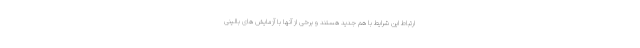
ارتباط این شرایط با هم جدید هستند و برخی از آنها با آزمایش های بالینی